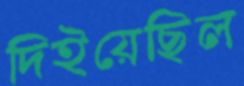
দিইয়েছিল